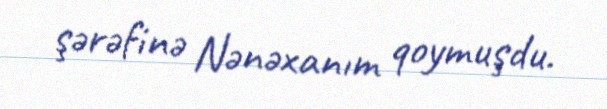
şərəfinə Nənəxanım qoymuşdu.